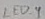
Text: LED_4